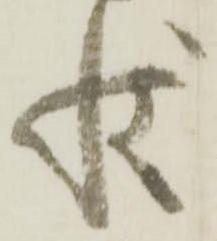
状